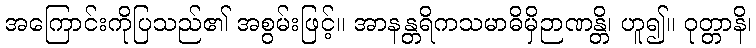
အကြောင်းကိုပြသည်၏ အစွမ်းဖြင့်။ အာနန္တရိကသမာဓိမှိဉာဏန္တိ၊ ဟူ၍။ ဝုတ္တာနိ၊